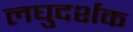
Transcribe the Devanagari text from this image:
लघुदर्शक